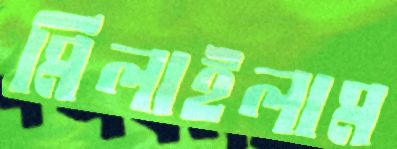
মিলাইলাম